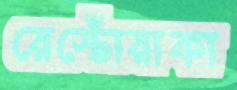
রেস্তোঁরাকা